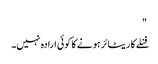
"
فنلے کا ریٹائر ہونے کا کوئی ارادہ نہیں۔